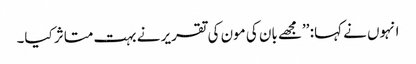
انہوں نے کہا: ’’مجھے بان کی مون کی تقریر نے بہت متاثر کیا۔